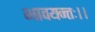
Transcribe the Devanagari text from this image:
भावयन्तः।।